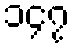
၁၄၇